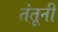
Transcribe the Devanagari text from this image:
तंतूनी